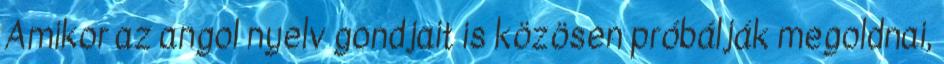
Amikor az angol nyelv gondjait is közösen próbálják megoldnai,